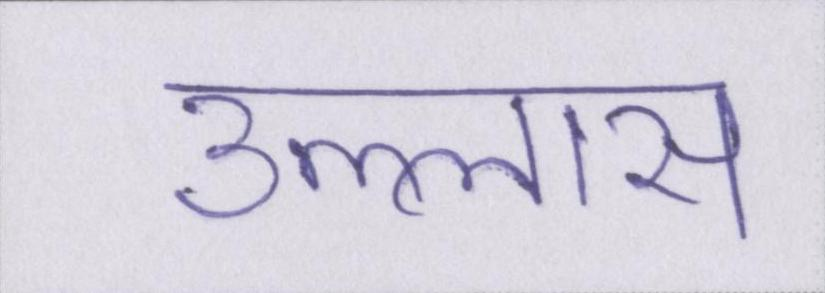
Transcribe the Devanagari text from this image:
उल्लास